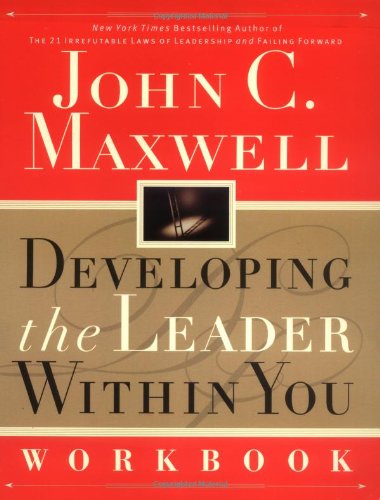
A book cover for Developing the Leader Within You Workbook; John C. Maxwell; Christian Books & Bibles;